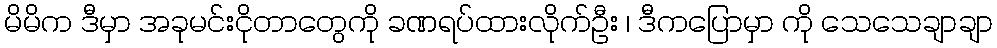
မိမိက ဒီမှာ အခုမင်းငိုတာတွေကို ခဏရပ်ထားလိုက်ဦး ၊ ဒီကပြောမှာ ကို သေသေချာချာ